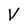
Character: V